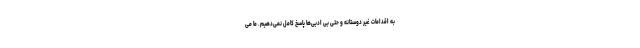
به اقدامات غیر دوستانه و حتی بی ادبی‌ها پاسخ کامل نمی‌دهیم. ما می